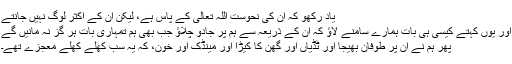
یاد رکھو کہ ان کی نحوست اللہ تعالیٰ کے پاس ہے، لیکن ان کے اکثر لوگ نہیں جانتے
اور یوں کہتے کیسی ہی بات ہمارے سامنے لاؤ کہ ان کے ذریعہ سے ہم پر جادو چلاؤ جب بھی ہم تمہاری بات ہر گز نہ مانیں گے
پھر ہم نے ان پر طوفان بھیجا اور ٹڈیاں اور گھن کا کیڑا اور مینڈک اور خون، کہ یہ سب کھلے کھلے معجزے تھے۔